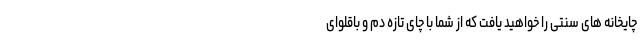
چایخانه های سنتی را خواهید یافت که از شما با چای تازه دم و باقلوای